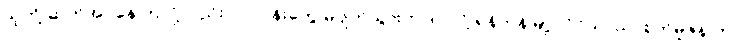
သူတို့ ဆက်အပ်နေကြလို့လည်း လုပ်ငန်းတွေ မပျက်သွားတာပါ လို့ ရန်ကုန်မြို့ လှိုင်သာယာစက်မူဇုန် က